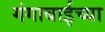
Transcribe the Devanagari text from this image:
गंगाबाईच्या